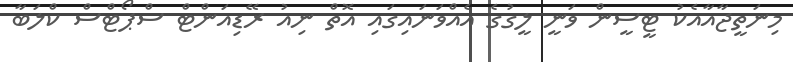
މިނަތީޖާއާއެކު ޓީސީން ވަނީ ލީގުގެ އެއްވަނައިގައި އޮތް ނިއު ރޭޑިއަންޓް ސްޕޯޓްސް ކްލަބާ